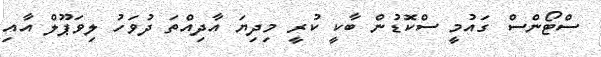
ސްޓޯންސް ގައުމީ ސްކޮޑުން ބާކީ ކުރީ މިދިޔަ އާދިއްތަ ދުވަހު ލިވަޕޫލް އާއި